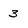
Character: 3